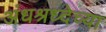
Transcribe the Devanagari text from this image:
अंधश्रध्देच्या